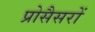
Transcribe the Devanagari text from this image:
प्रोसैसरों